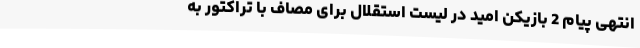
انتهی پیام 2 بازیکن‌ امید در لیست استقلال برای مصاف با تراکتور به